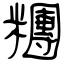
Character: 糰